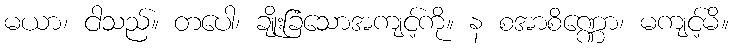
မယာ၊ ငါသည်။ တပေါ၊ ချိုးခြံသောအကျင့်ကို။ န စအာစိဏ္ဏော၊ မကျင့်မိ။